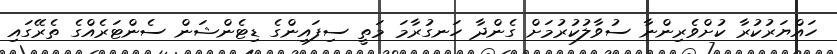
ހައްޔަރުކުރާ ކުށްވެރިންނާ ސުވާލުކުރުމަށް ގެންދާ ހަނގުރާމަ މަތީ ސިފައިންގެ ޑިޓެންޝަން ސެންޓަރެއްގެ ތެރޭގައި